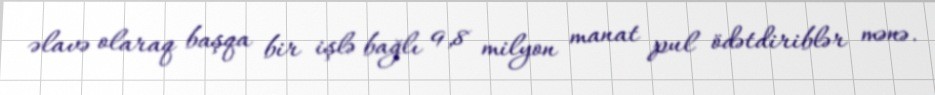
əlavə olaraq başqa bir işlə bağlı 9,8 milyon manat pul ödətdiriblər mənə.